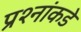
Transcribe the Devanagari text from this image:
प्रश्‍नांकडे